NAE_kihelkonnakohtute_kirjad_ja_protokollid_1869-1889, lk 4
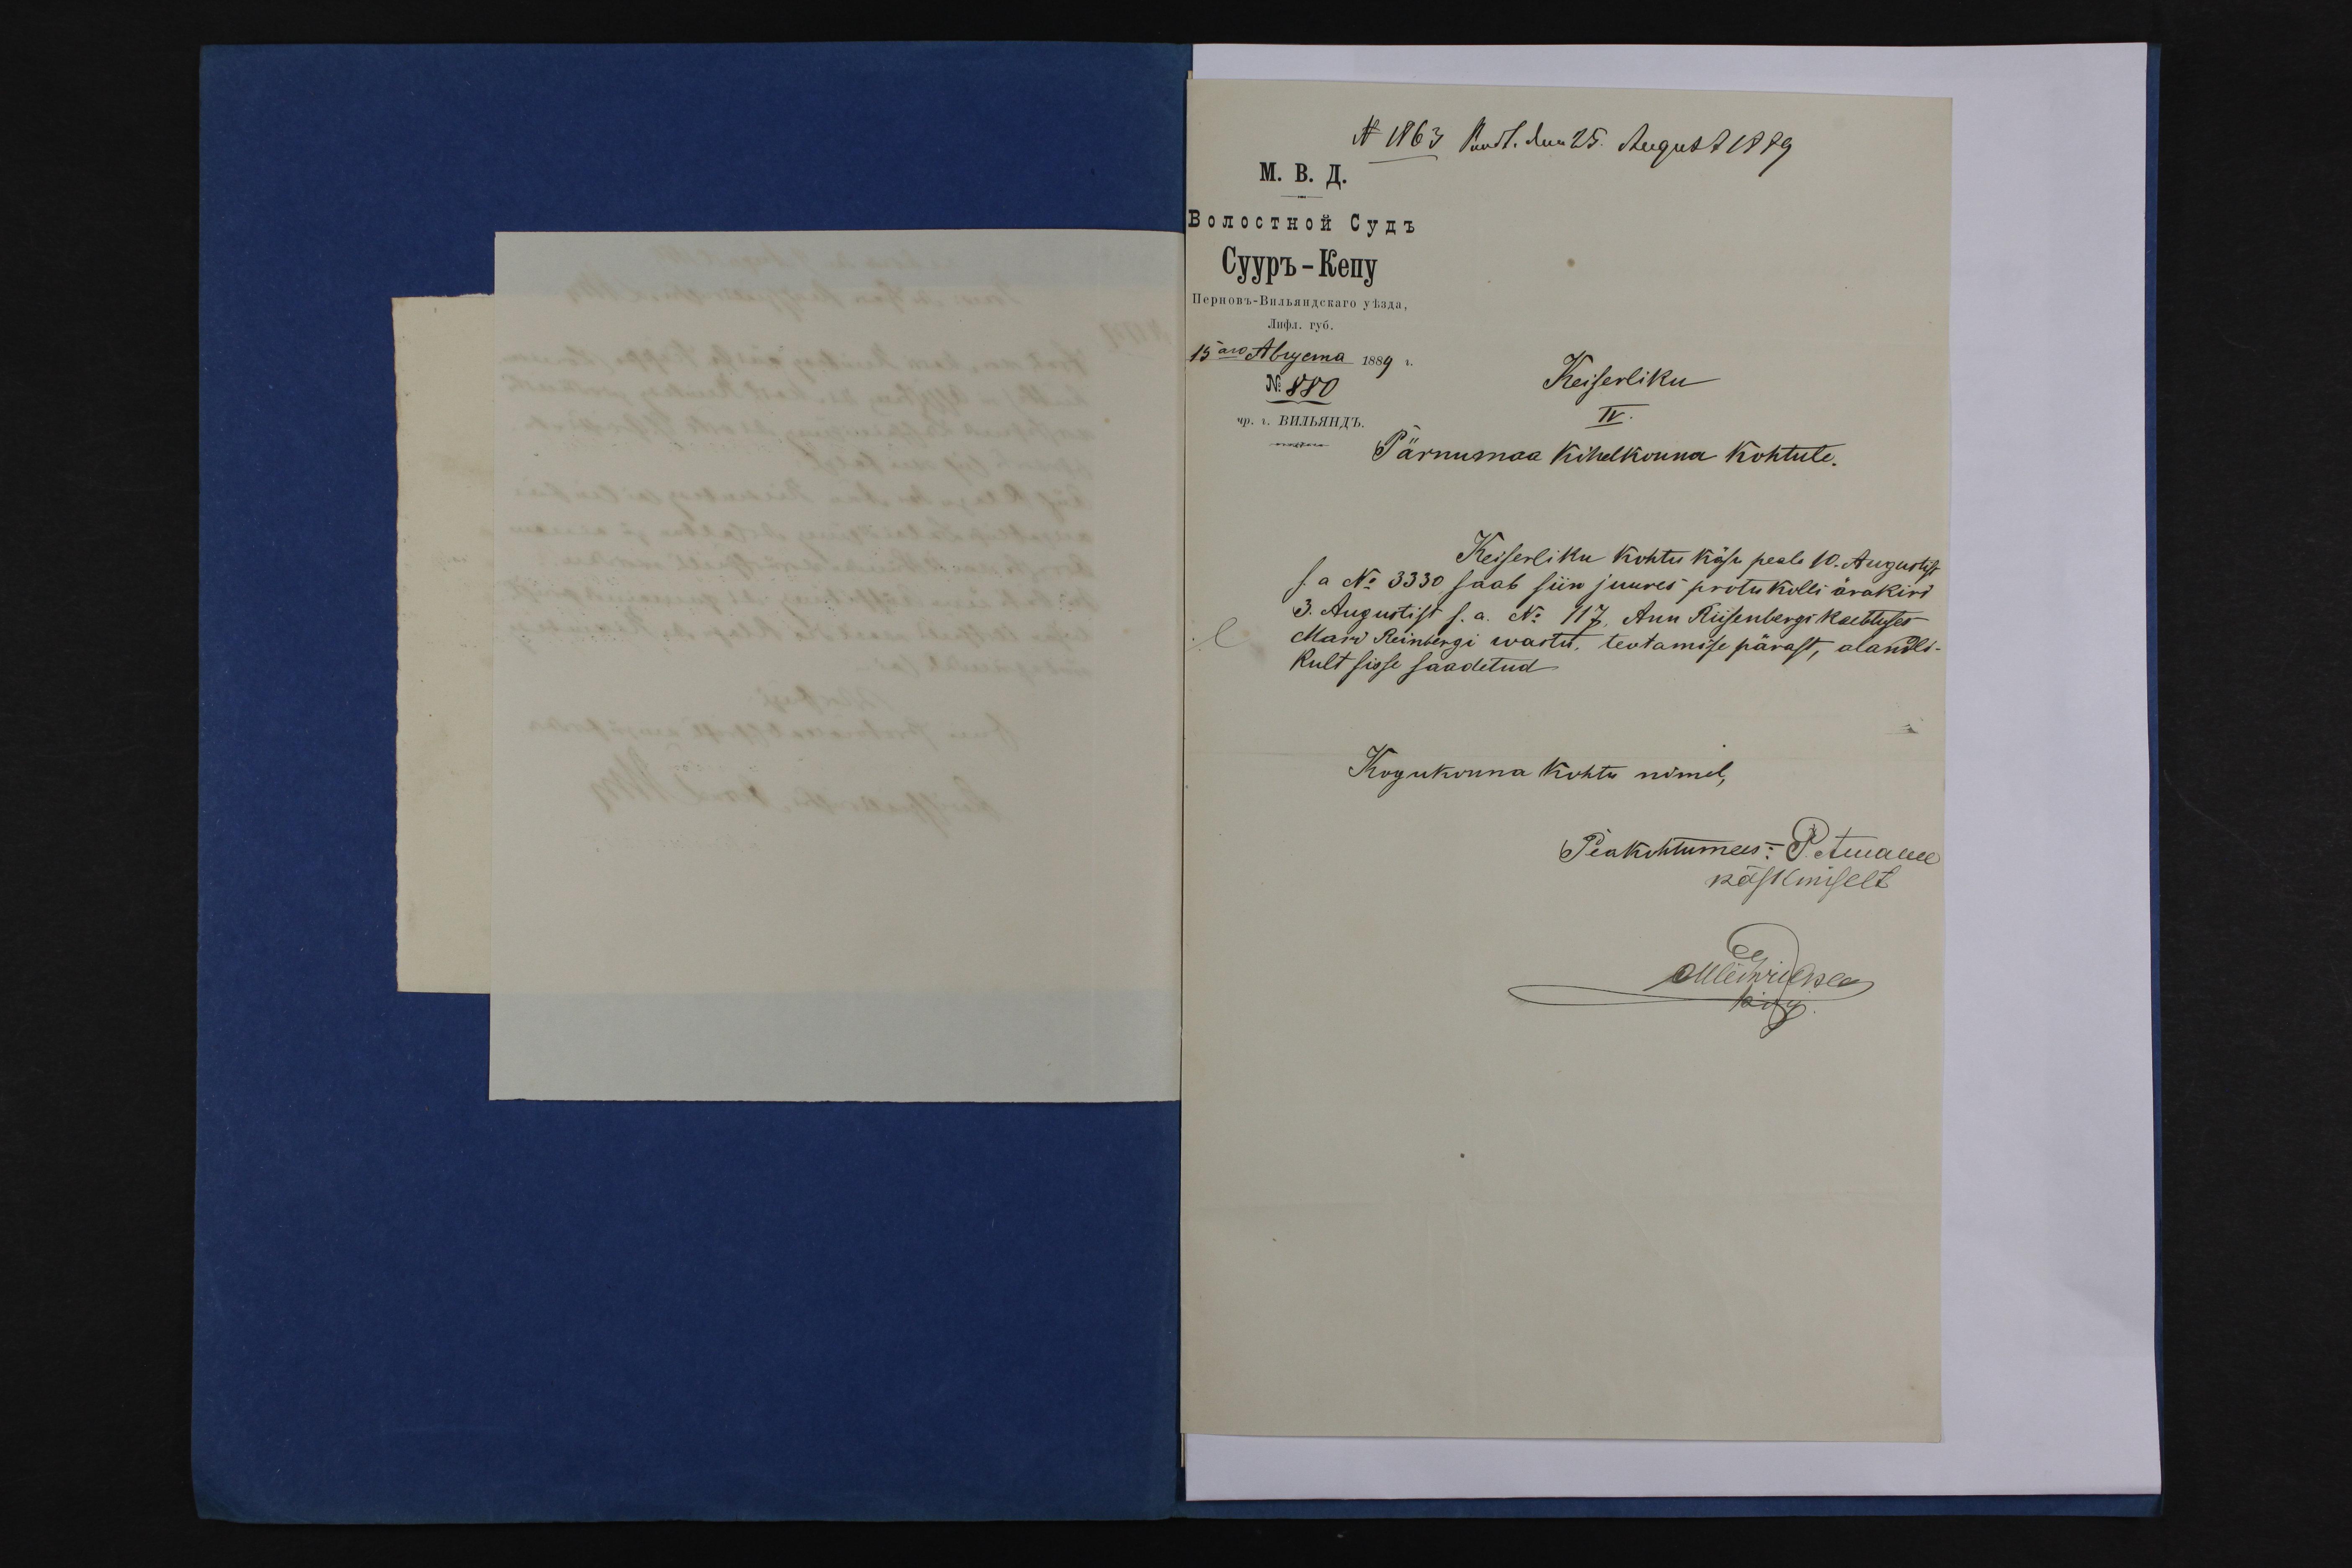
Keiserliku
Pärnumaa Kihelkonna kohtule.
Keiserliku kohtu käsu peale 10. Augustist
s.a No 3330 saab siin juures protukolli ärakiri
3. Augustist s.a. N: 117. Ann Riisenbergi kaebtuses
Mari Reinbergi wastu, teotamise pärast, alandli-
kult sisse saadetud.
Kogukonna kohtu nimel,